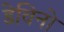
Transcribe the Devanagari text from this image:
डेविनो